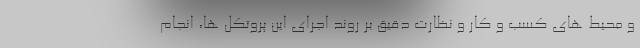
و محیط های کسب و کار و نظارت دقیق بر روند اجرای این پروتکل ها، انجام